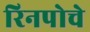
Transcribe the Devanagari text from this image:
रिनपोचे